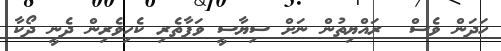
ހަދަން ވެސް  ރައްޔިތުން ނަށް ސިޔާސީ ވަފާތެރި ކެހިވެރިން ދެނީ ދޯކާ